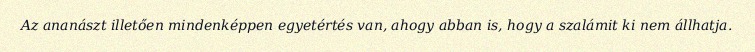
Az ananászt illetően mindenképpen egyetértés van, ahogy abban is, hogy a szalámit ki nem állhatja.